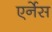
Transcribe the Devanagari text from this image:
एर्नेस